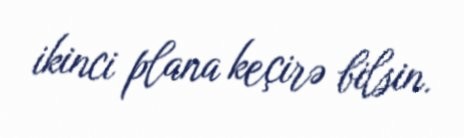
ikinci plana keçirə bilsin.